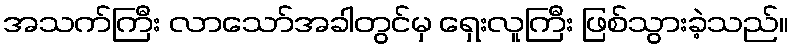
အသက်ကြီး လာသော်အခါတွင်မှ ရှေးလူကြီး ဖြစ်သွားခဲ့သည်။